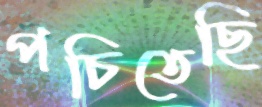
পচিতেছি